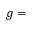
g =